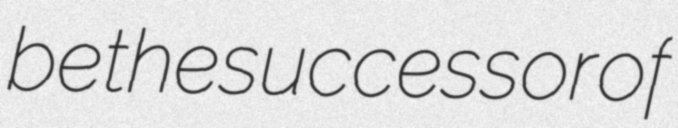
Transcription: be the successor of